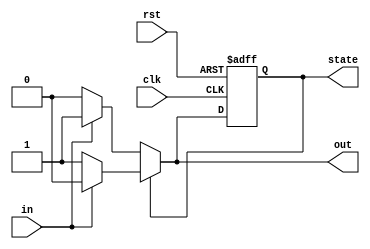
`timescale 1ns / 1ns
module mealy_parity_checker(clk, rst, in, out, state);
    input clk, rst, in;
    output reg out, state;

    parameter zero = 1'b0,
              one = 1'b1;
    
    reg next_state;
    
    always@(posedge clk or posedge rst)
    begin
        if(rst)
            state <= zero;
        else
        begin
            state <= next_state;
        end
    end

    always@(in or state)
    begin
        if(state == one)
        begin
            if(in == 1)
            begin
                next_state <= zero;
                out <= 0;
            end
            else
            begin
                next_state <= one;
                out <= 1;
            end
        end
        else
        begin
            if(in == 1)
            begin
                next_state <= one;
                out <= 1;
            end
            else
            begin
                next_state <= zero;
                out <= 0;
            end
        end 
    end
endmodule